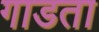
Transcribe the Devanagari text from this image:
गाडता